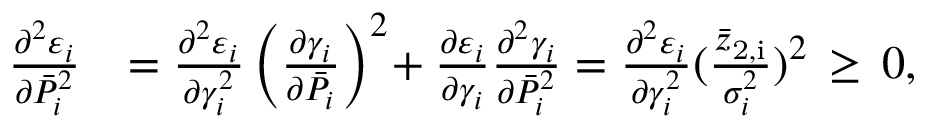
\begin{array} { r l } { \frac { \partial ^ { 2 } \varepsilon _ { i } } { \partial \bar { P } _ { i } ^ { 2 } } } & { = \frac { \partial ^ { 2 } \varepsilon _ { i } } { \partial \gamma _ { i } ^ { 2 } } \left( \frac { \partial \gamma _ { i } } { \partial \bar { P } _ { i } } \right) ^ { 2 } \! + \frac { \partial \varepsilon _ { i } } { \partial \gamma _ { i } } \frac { \partial ^ { 2 } \gamma _ { i } } { \partial \bar { P } _ { i } ^ { 2 } } = \frac { \partial ^ { 2 } \varepsilon _ { i } } { \partial \gamma _ { i } ^ { 2 } } ( \frac { \bar { z } _ { \mathrm { 2 , i } } } { \sigma _ { i } ^ { 2 } } ) ^ { 2 } \, \geq \, 0 , } \end{array}